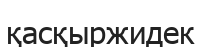
қасқыржидек